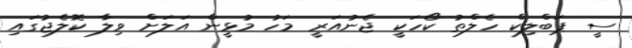
ސީ ޕަބްލިކް ހެލްތު ކޯހަކީ ޖެނުއަރީ މަހު މުޅީން އަލަށް ވިލާ ކޮލެޖުގައި